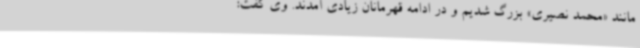
مانند «محمد نصیری» بزرگ شدیم و در ادامه قهرمانان زیادی آمدند. وی گفت: